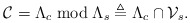
\begin{align*}\mathcal{C}=\Lambda_{c}\bmod\Lambda_{s}\triangleq\Lambda_{c}\cap\mathcal{V}_{s}.\end{align*}